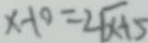
x - 1 0 = 2 \sqrt { x + 5 }